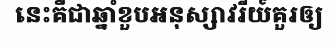
នេះគឺជាឆ្នាំខួបអនុស្សាវរីយ៍គួរឲ្យ